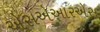
એસએઆરએસ